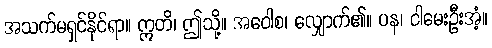
အသက်မရှင်နိုင်ရာ။ ဣတိ၊ ဤသို့။ အဝေါစ၊ လျှောက်၏။ ပန၊ ငါမေးဦးအံ့။